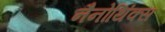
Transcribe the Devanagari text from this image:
नैनोथिंक्स